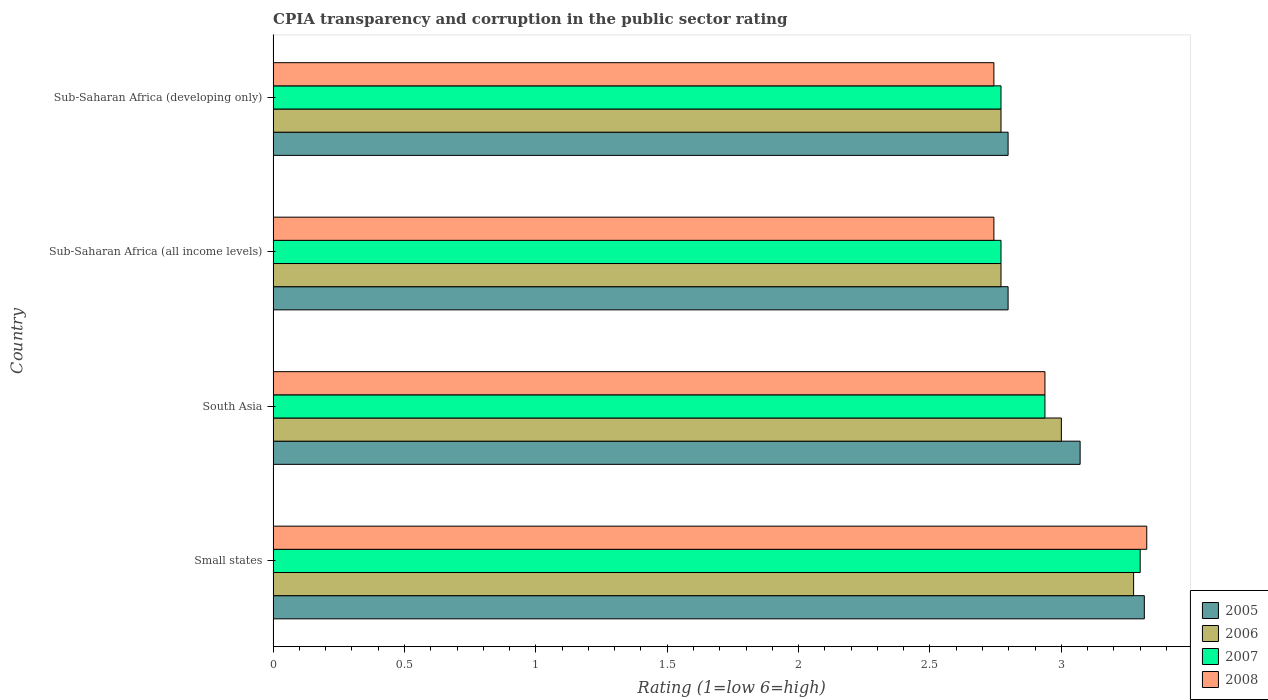
| Country | 2005 | 2006 | 2007 | 2008 |
 | --- | --- | --- | --- | --- |
 | Small states | 3.32 | 3.27 | 3.3 | 3.33 |
 | South Asia | 3.07 | 3 | 2.94 | 2.94 |
 | Sub-Saharan Africa (all income levels) | 2.8 | 2.77 | 2.77 | 2.74 |
 | Sub-Saharan Africa (developing only) | 2.8 | 2.77 | 2.77 | 2.74 |